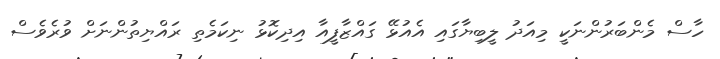
ހާސް މެންބަރުންނަކީ މިއަދު ލީބިޔާގައި އެއުޅޭ ގައްޒާފީއާ އިދިކޮޅު ނިކަމެތި ރައްޔިތުންނަށް ވުރެވެސް